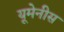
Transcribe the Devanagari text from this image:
यूमेनीस